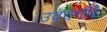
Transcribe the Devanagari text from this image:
उदयगीर